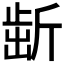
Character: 𣂯